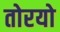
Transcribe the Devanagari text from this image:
तोरयो